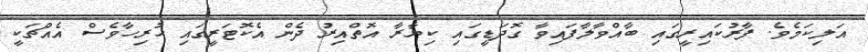
އަލިކަމެވެ. ފާރުކައިރީގައި ބާއްވާލާފައިވާ ގޮދަޑީގައި ކިޔާރާ އޮތްއިރު ދެން އެކޮޓަރީގައި ހުރިހާވެސް އެއްޗަކީ